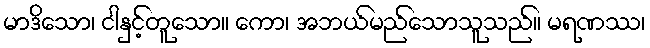
မာဒိသော၊ ငါနှင့်တူသော။ ကော၊ အဘယ်မည်သောသူသည်။ မရဏဿ၊